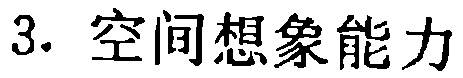
3. 空间想象能力